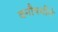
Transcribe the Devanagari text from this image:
वनौषधीने